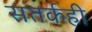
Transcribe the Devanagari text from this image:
सतर्कही